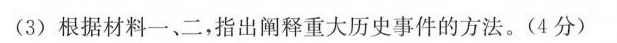
(3)根据材料一、二，指出阐释重大历史事件的方法。(4分)